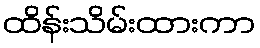
ထိန်းသိမ်းထားကာ